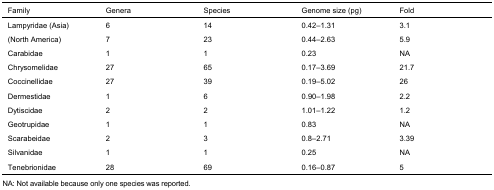
<table><thead><tr><td><b>Family</b></td><td><b>Genera</b></td><td><b>Species</b></td><td><b>Genome size (pg)</b></td><td><b>Fold</b></td></tr></thead><tbody><tr><td>Lampyridae (Asia)</td><td>6</td><td>14</td><td>0.42-1.31</td><td>3.1</td></tr><tr><td>(North America)</td><td>7</td><td>23</td><td>0.44-2.63</td><td>5.9</td></tr><tr><td>Carabidae</td><td>1</td><td>1</td><td>0.23</td><td>NA</td></tr><tr><td>Chrysomelidae</td><td>27</td><td>65</td><td>0.17-3.69</td><td>21.7</td></tr><tr><td>Coccinellidae</td><td>27</td><td>39</td><td>0.19-5.02</td><td>26</td></tr><tr><td>Dermestidae</td><td>1</td><td>6</td><td>0.90-1.98</td><td>2.2</td></tr><tr><td>Dytiscidae</td><td>2</td><td>2</td><td>1.01-1.22</td><td>1.2</td></tr><tr><td>Geotrupidae</td><td>1</td><td>1</td><td>0.83</td><td>NA</td></tr><tr><td>Scarabeidae</td><td>2</td><td>3</td><td>0.8-2.71</td><td>3.39</td></tr><tr><td>Silvanidae</td><td>1</td><td>1</td><td>0.25</td><td>NA</td></tr><tr><td>Tenebrionidae</td><td>28</td><td>69</td><td>0.16-0.87</td><td>5</td></tr></tbody></table>